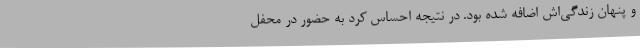
و پنهان زندگی‌اش اضافه شده بود. در نتیجه احساس کرد به حضور در محفل